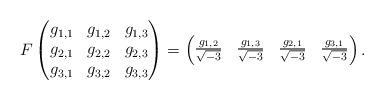
LaTeX: \begin{align*}F\begin{pmatrix}g_{1,1} & g_{1,2} & g_{1,3} \\g_{2,1} & g_{2,2} & g_{2,3} \\g_{3,1} & g_{3,2} & g_{3,3}\end{pmatrix}=\begin{pmatrix}\frac{g_{1,2}}{\sqrt{-3}} & \frac{g_{1,3}}{\sqrt{-3}} &\frac{g_{2,1}}{\sqrt{-3}} & \frac{g_{3,1}}{\sqrt{-3}}\end{pmatrix}.\end{align*}